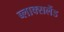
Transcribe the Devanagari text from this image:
ब्लाक्सलैंड